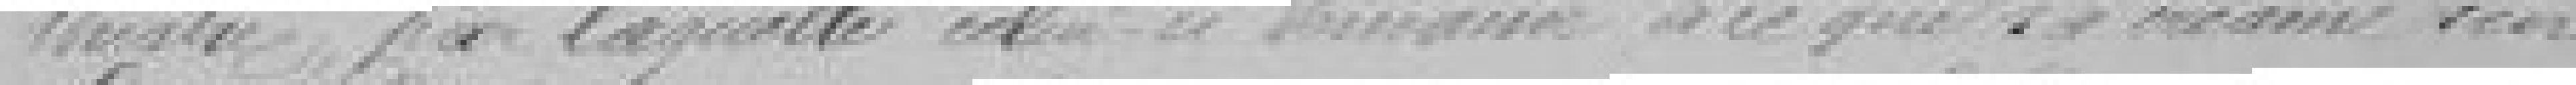
théâtre par laquelle celui-ci demande à ce que